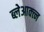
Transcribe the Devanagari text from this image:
ब्लेआक्त्न